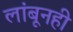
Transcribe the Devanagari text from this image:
लांबूनही